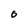
Character: 0